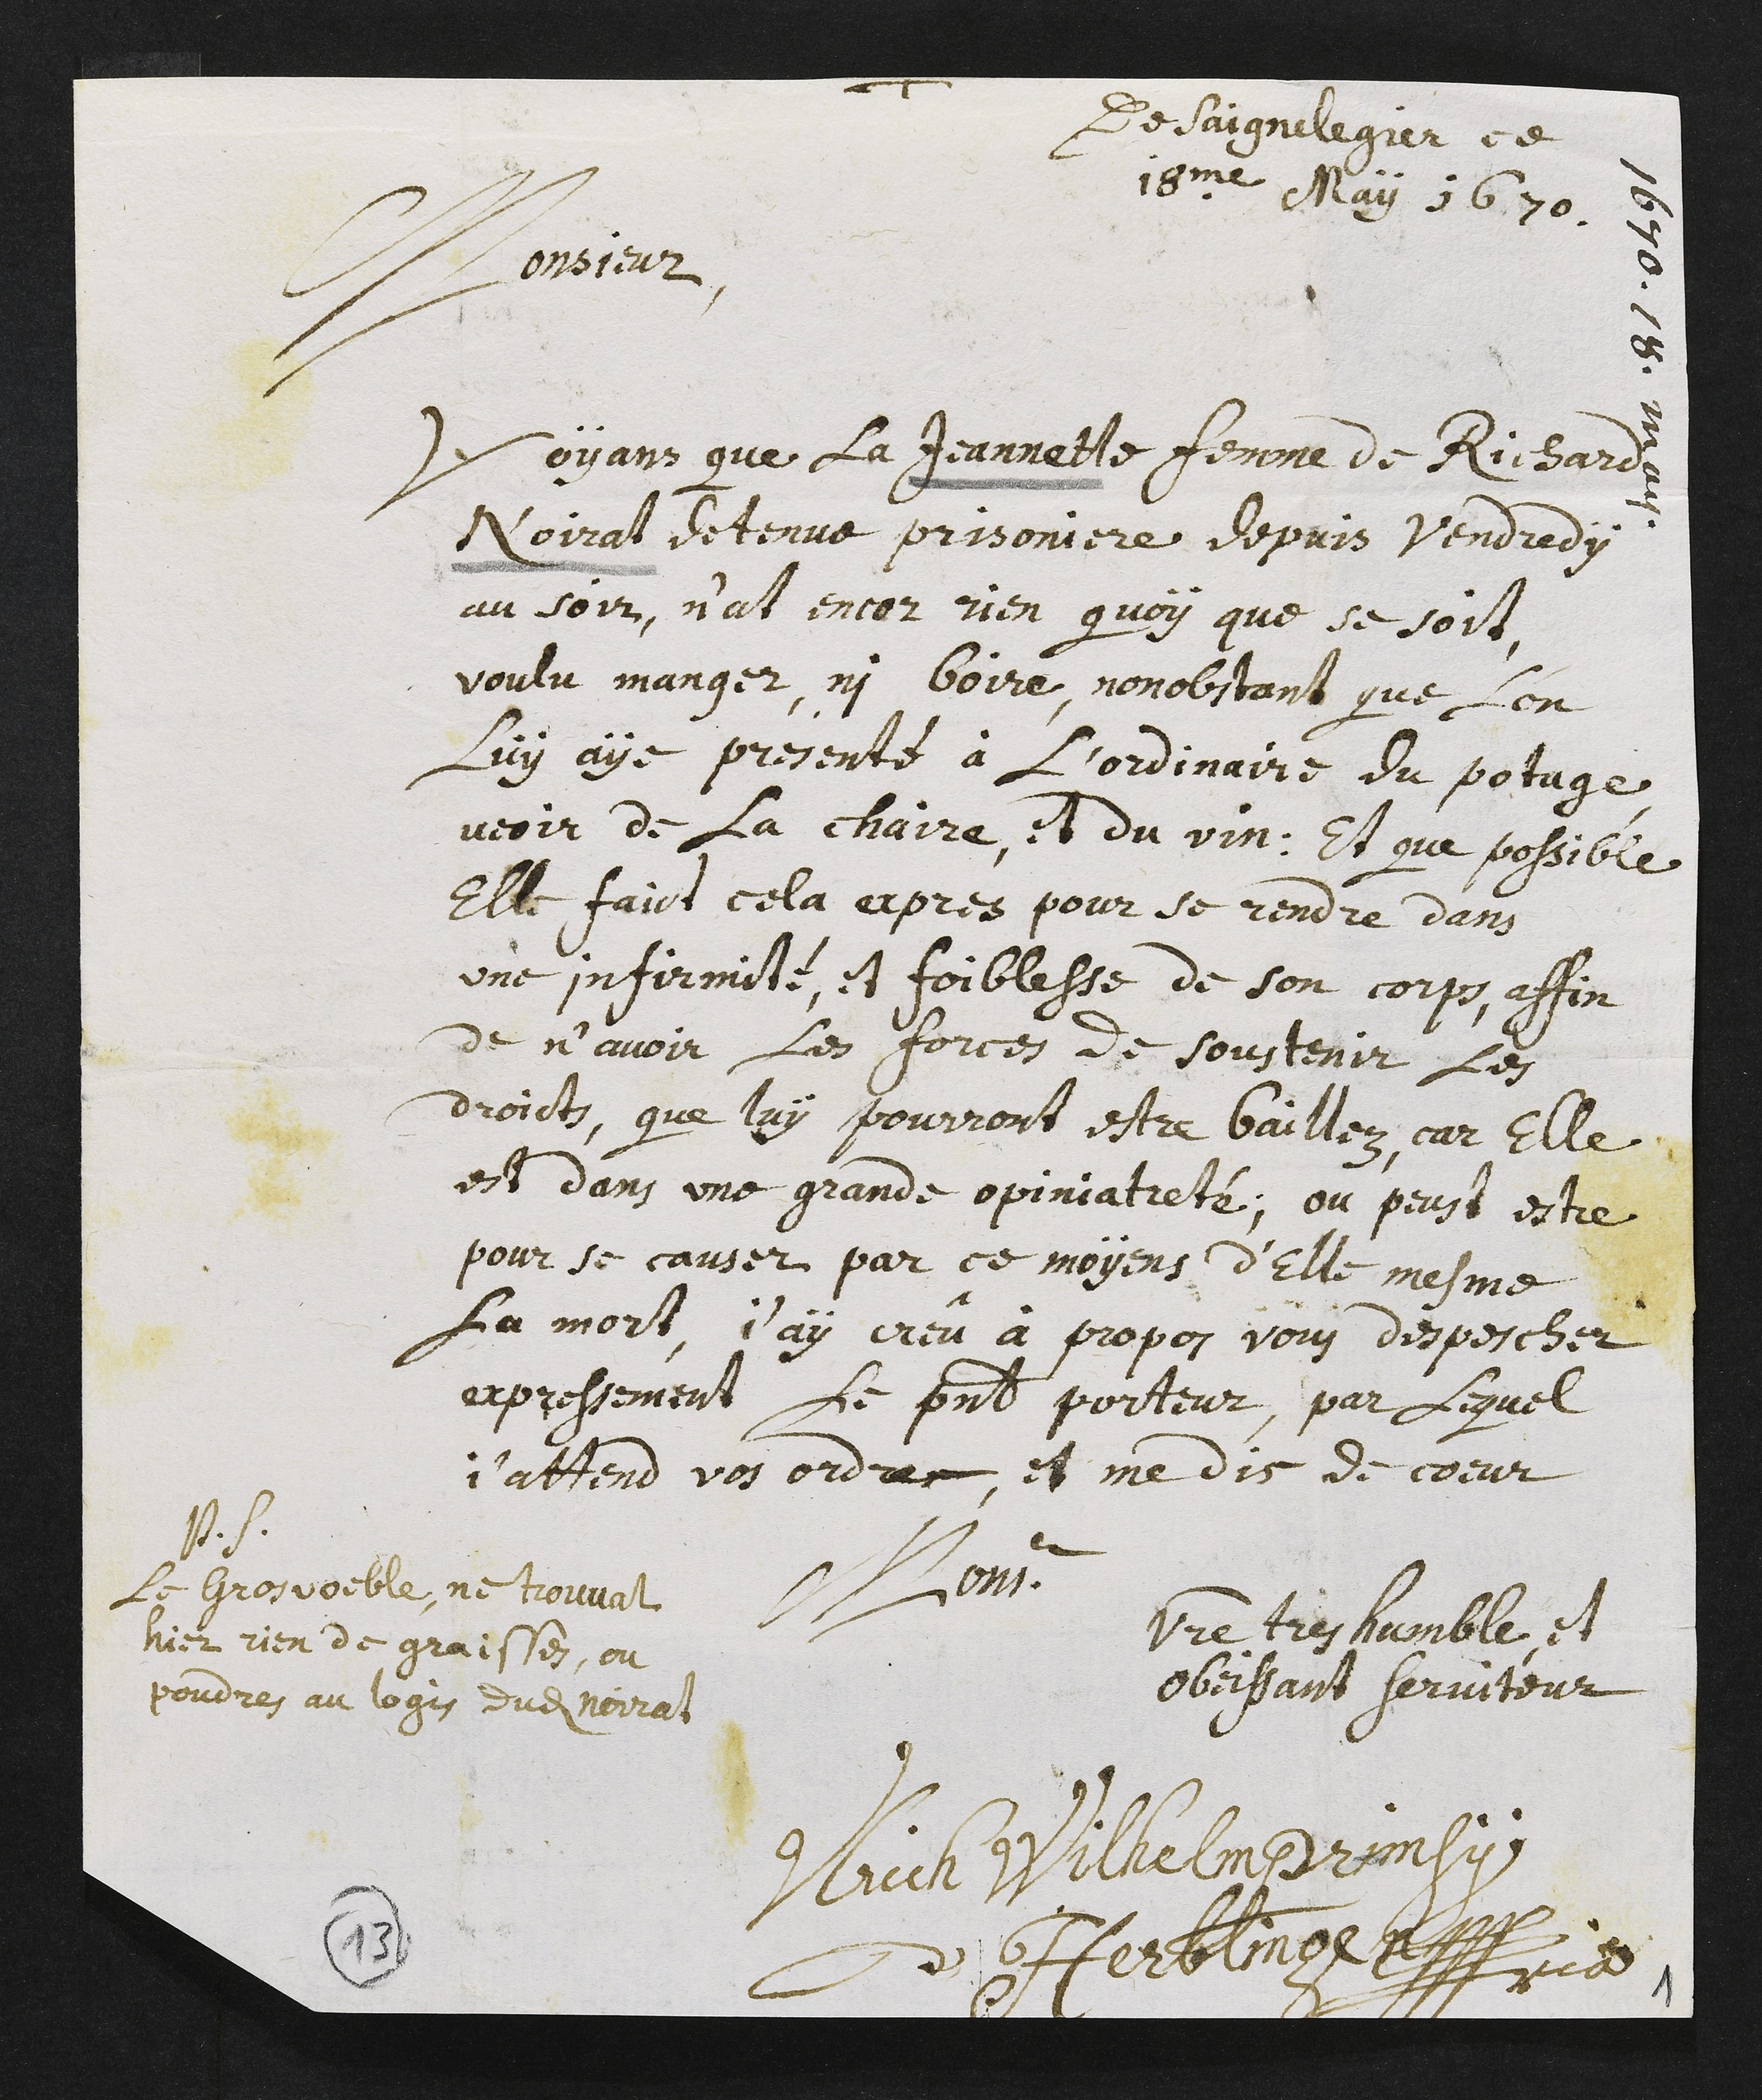
+
De Saignelegier ce
18me May 1670.
1670. 18. may.
Monsieur,
Voyans que la Jeannette femme de Richard
Noirat detenue prisoniere depuis vendredy
au soir, n’at encor rien, quoy que se soit,
voulu manger, ni boire, nonobstant que l’on
luy aye presenté à l’ordinaire du potage,
veoir de la chaire, et du vin. Et que possible
elle faict cela expres pour se rendre dans
une infirmité, et foiblesse de son corps, affin
de n’avoir les forces de soustenir les
droicts, que luy pourront estre baillez, car elle
est dans une grande opiniatreté, ou peust estre
pour se causer par ce moyens d’elle mesme
la mort, j’ay creû à propos vous despescher
expressement le present porteur, par lequel
j’attend vos ordres, et me dis de cœur
Monsieur
Votre tres humble, et
obeissant serviteur,
Ulrich Wilhelm Primsy
d’Herblingen ???ria
P.S.
Le gros voeble, ne trouvat
hier rien de graisses, ou
poudres au logis dudit Noirat